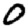
Digit: 0